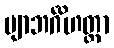
ဗျာဘင်္ဂိဟတ္ထာ